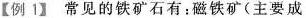
【例1】常见的铁矿石有：磁铁矿(主要成